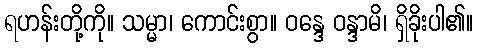
ရဟန်းတို့ကို။ သမ္မာ၊ ကောင်းစွာ။ ဝန္ဒေ ဝန္ဒာမိ၊ ရှိခိုးပါ၏။